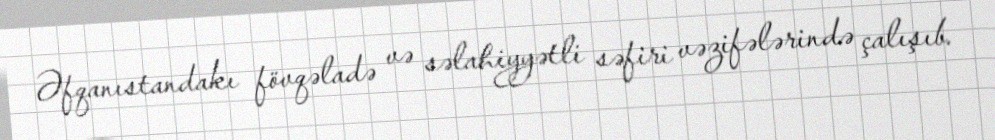
Əfqanıstandakı fövqəladə və səlahiyyətli səfiri vəzifələrində çalışıb.